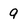
Character: 9